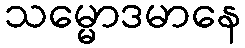
သမ္မောဒမာနေ